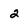
Character: 2